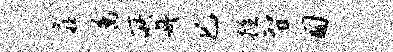
扉属所舟巳控智匍